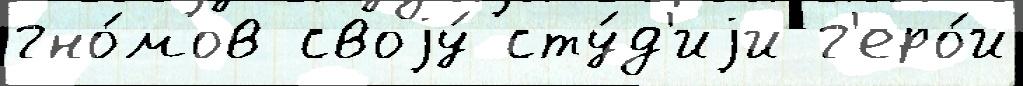
гно́мов своjу́ сту́д'иjи г'еро́и